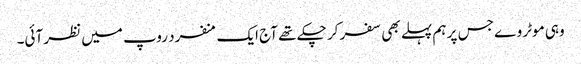
وہی موٹر وے جس پر ہم پہلے بھی سفر کر چکے تھے آج ایک منفرد روپ میں نظر آئی۔